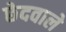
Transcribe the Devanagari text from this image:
छेदवाले